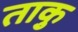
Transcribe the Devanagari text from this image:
ताकु